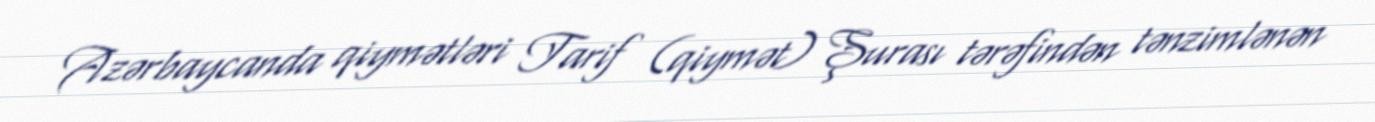
Azərbaycanda qiymətləri Tarif (qiymət) Şurası tərəfindən tənzimlənən